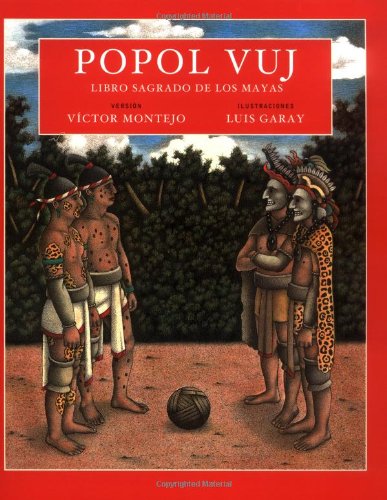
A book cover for Popol Vuj: libro sagrado de los mayas; Victor Montejo; Children's Books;